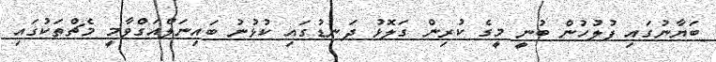
ބަޔާނުގައި ފުލުހުން ބުނީ މީގެ ކުރިން ގަލޮޅު ދަނޑުގައި ކުޅުނު ބައިނަލްއަގްވާމީ މެޗްތަކުގައި